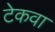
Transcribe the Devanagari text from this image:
टेकवा